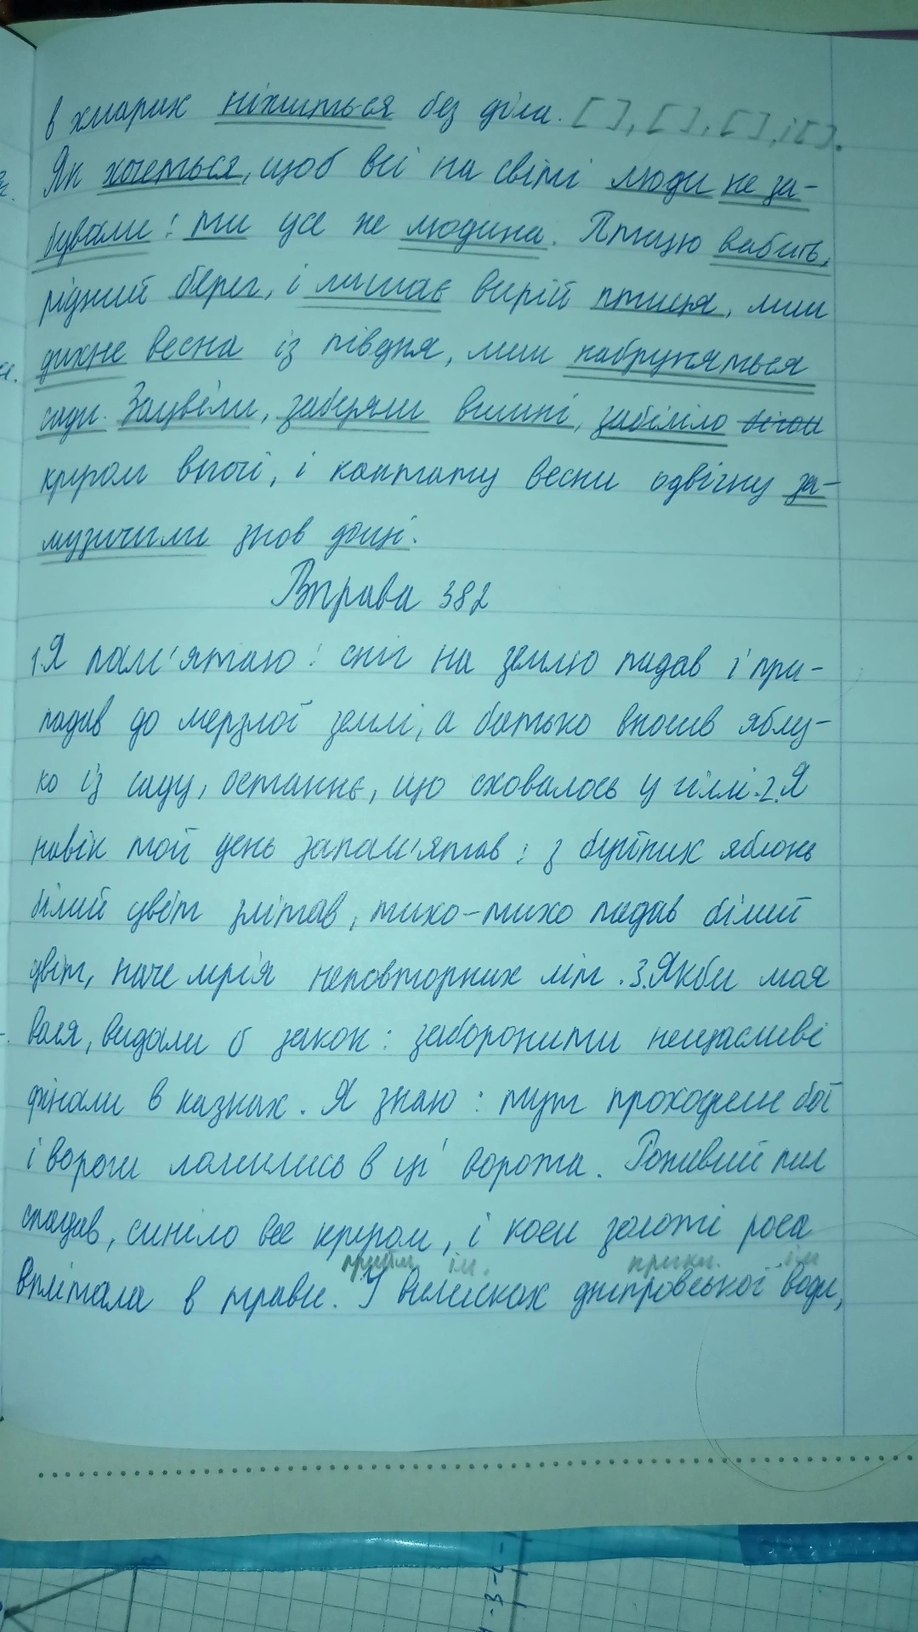
в хмарах ніжиться без діла. [ ], [ ], [ ], ; [ ].
Як хочеться, щоб всі на світі люди не за-
бували: ти усе же людина. Птицю вабить,
рідний берег, і лишає вирій птиця, лиш
дихне весна із півдня, лиш набруняться
сади. Зацвіли, заберяли вишні, забіліло ~~бігом~~
крилом вночі, і кантату весни одвічну за-
мучили знов дощі.
Вправа 382
1. Я пам'ятаю: сніг на землю падав і при-
падав до мерзлої землі; а батько вносив яблу-
ко із саду, останнє, що сховалось у гіллі. 2 Я
навік той день запам'ятав: з буйних яблунь
білий цвіт злітав, тихо-тихо падав білий
цвіт, наче мрія неповторних літ. 3. Якби моя
воля, видали б закон: заборонити нещасливі
фінали в казках. Я знаю: тут проходили бої
і вороги ломились в ці ворота. Ронивий пил
спадив, синіло все кругом, і коси золоті роса
вплітала в трави. У вилисках дніпровської води,